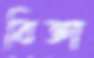
বিজ্ঞা